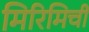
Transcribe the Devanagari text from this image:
मिरिमिची